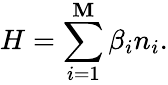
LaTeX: H=\sum_{i=1}^{\mathbf{M}}\beta_{i}n_{i}.